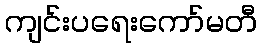
ကျင်းပရေးကော်မတီ